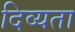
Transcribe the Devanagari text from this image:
दिव्‍यता